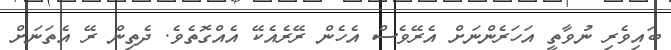
ބައިވެރި ނުވާތީ އަހަރެންނަށް އެރޭވެސް އެހެން ރޭރެއެކޭ އެއްގޮތެވެ. ދެތިން ރޭ އެތަނަށް